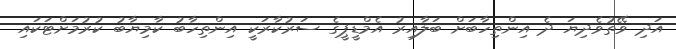
އަދި ވޭތުވެދިޔަ ދެ އިންތިހާބަށް ބަލާއިރު އެމްޑީޕީގެ ސަރުކާރަކީ އިންތިހާބު ކާމިޔާބު ކުރުމަށްޓަކައި